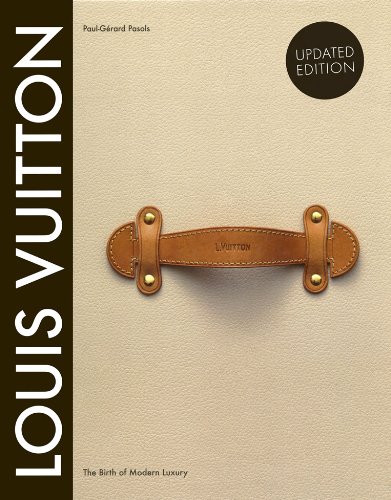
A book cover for Louis Vuitton: The Birth of Modern Luxury Updated Edition; Paul-Gerard Pasols; Arts & Photography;